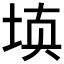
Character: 𰉰